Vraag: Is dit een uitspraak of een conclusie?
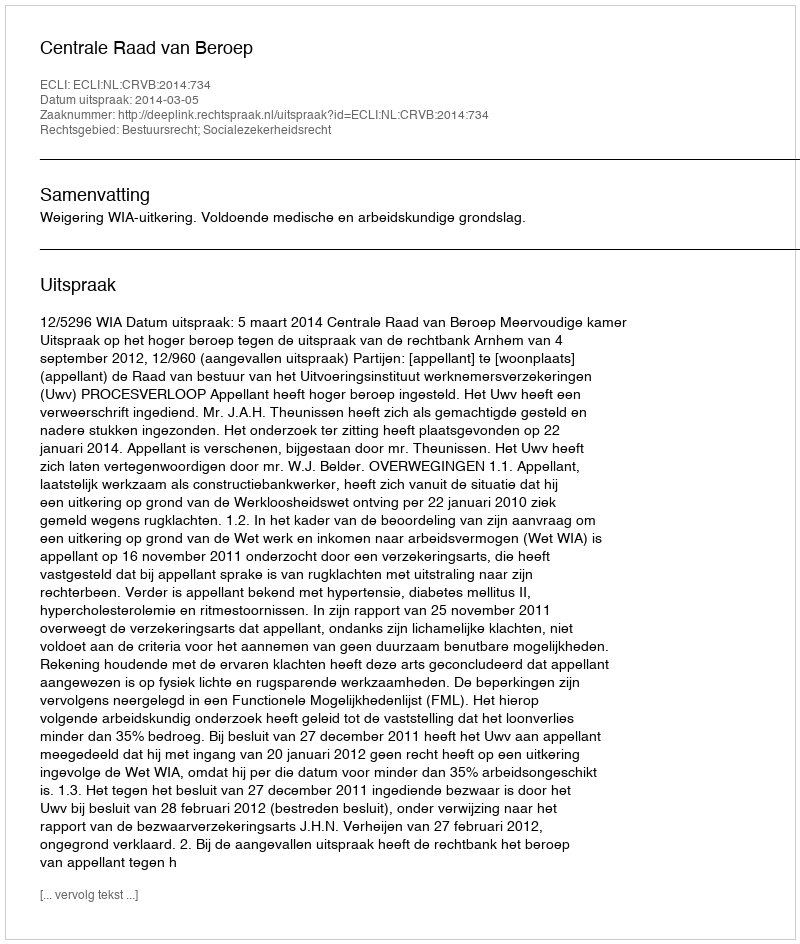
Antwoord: Uitspraak